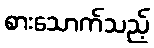
စားသောက်သည့်